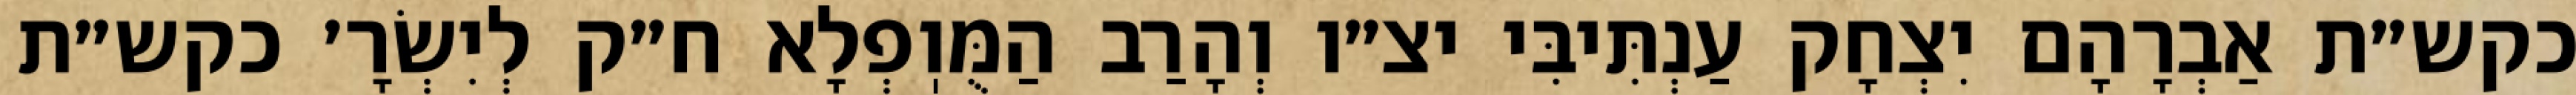
כקש״ת אַבְרָהָם יִצְחָק עַנְתִּיבִּי יצ״ו וְהָרַב הַמֻּוֽפְלָא ח״ק לְיִשְׂרָ׳ כקש״ת